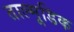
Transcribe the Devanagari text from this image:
ताल्मूडिक